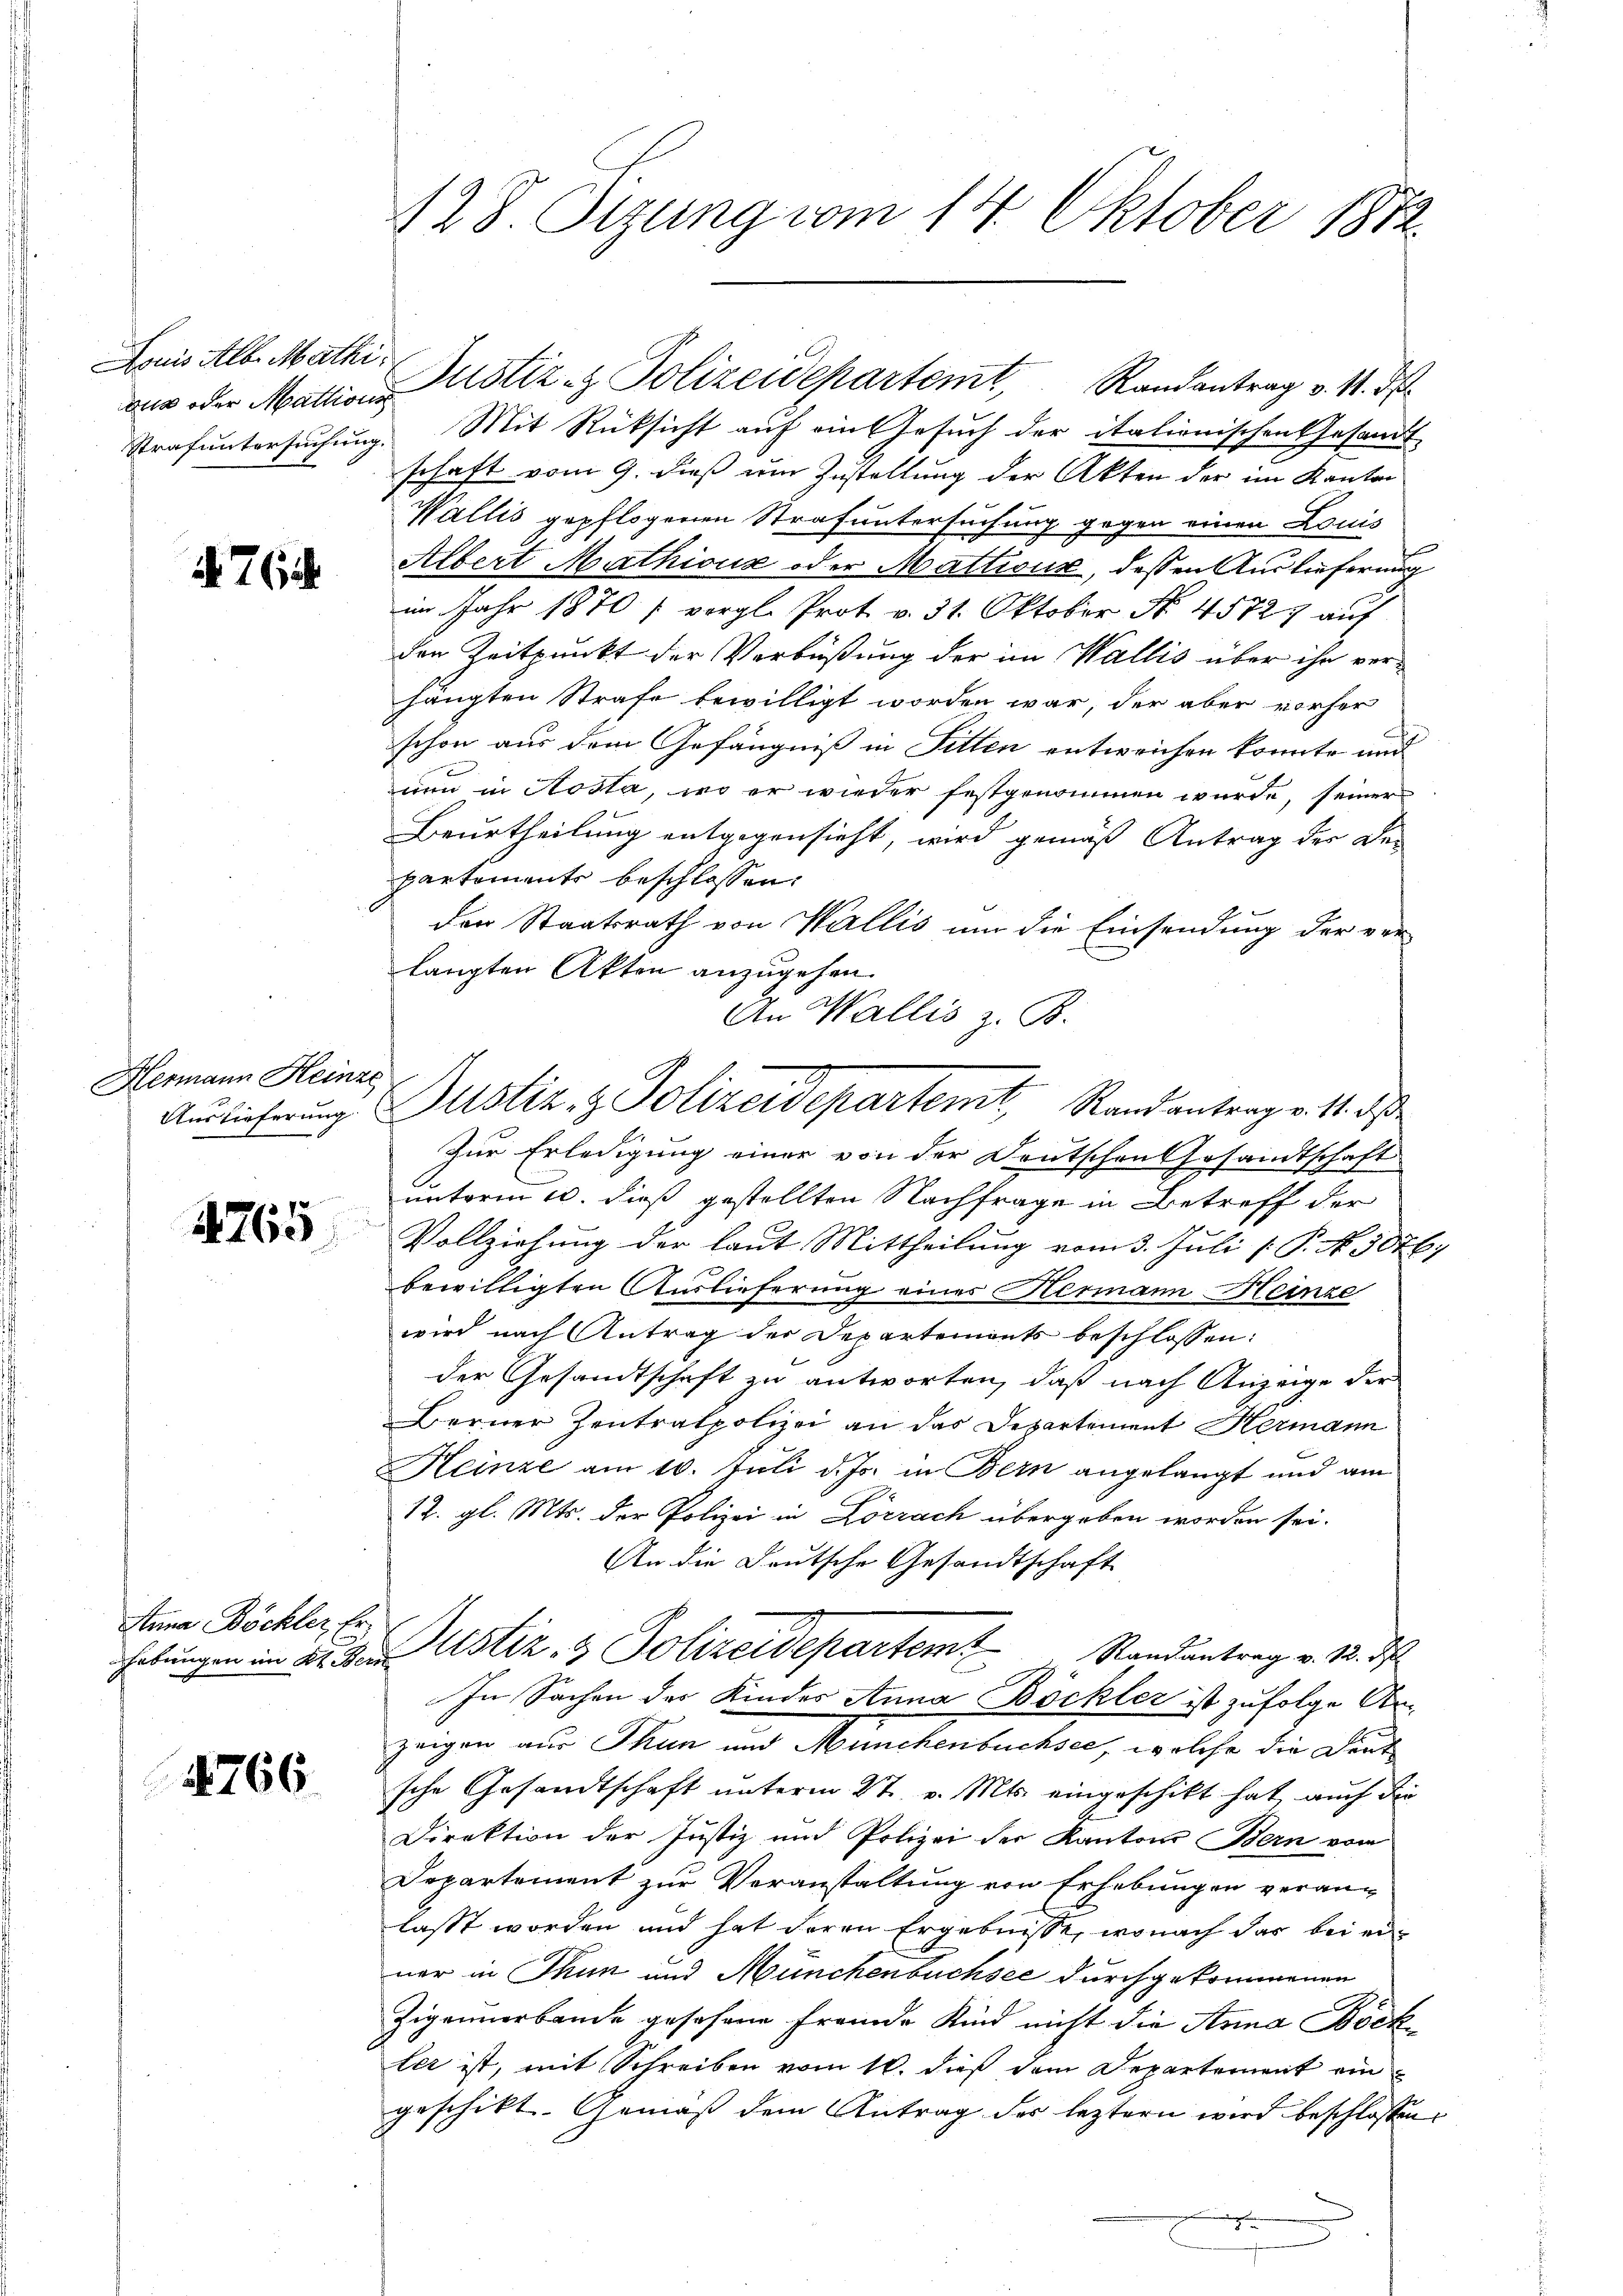
Louis Alb. Mathi
au oder Mattions

76

Hermann Heinze

4765

Anna Böckler, Er¬

4766

Strafuntersuchung. Mit Rücksicht auf ein Gesuch der italionischen Gesandt
schaft vom 9. dieß um Zustellung der Akten der im Kanton
Wallis gepflogenen Strafuntersuchung gegen einen Louis
Albert Mathionz oder Mattioux, dessen Auslieferung
im Jahr 1870 / vergl. Prot. v. 31. Oktober No. 45727 auf
den Zeitpunkt der Verbüßung der im Wallis über ihr verhängten Strafe bewilligt worden war, der aber vorher
schon aus dem Gefängniß in Fitten entweichen konnte und
nun in Aosta, wo er wieder festgenommen wurde, seiner
Beurtheilung entgegensieht, wird gemäß Antrag der Departements beschlossen:
den Staatsrath von Wallis um die Einsendung der ver-
langten Akten anzugehen.
Zur Erledigung einer von der Deutschen Gesandtsch
t
E
unterm 10. dieß gestellten Nachfrage in Betreff der
u
Vollziehung der laut Mittheilung vom 3. Juli [ P. N. 3076;
bewilligten Auslieferung eines Hermann Heinze
wird nach Antrag der Departements beschlossen:
der Gesandtschaft zu antworten, daß nach Anzeige der
Berner Zentralpolizei an das Departement Hermann
Heinze am 10. Juli d. Js. in Bern angelangt und am
12. gl. Mts. der Polizei in Lörrach übergeben worden sei.
An die Deutsche Gesandtschaft
habungen im 21. d. Astiz- & Polizeidepartem Randantrag v. 18. ds
In Sachen der Kindes Anna Böckler ist zufolge An-
zeigen aus Thun und Münchenbuchsee, welche die Laut
sche Gesandtschaft unterm 27. v. Mts. eingeschikt hat, auch die
Direktion der Justiz und Polizei der Kantons Bern vom
Departement zur Veranstaltung von Erhebungen verang
lasst worden und hat deren Ergebnisse, wonach das bei einer in Thun und Münchenbuchsee durchgekommenen
Zigannerbande gesehene Fremde Kind nicht die Anna Böck
ter ist, mit Schreiben vom 10. dieß dem Departement ein
geschikt. Gemäß dem Antrag der leztern wird beschlossen,

n

128. Sizung vom 14. Oktober 1812.

Justiz- & Polizeidepartemt, Randantrag v. M. d

An Wallis z. B.
Auslieferung Justiz- & Polizeidepartemt, Randantrage. 11. daß